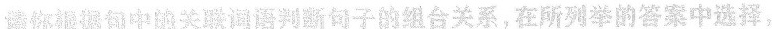
请你根据静关联语判断铅子的组合关系，在所列举的答案中选择，